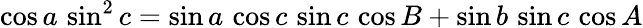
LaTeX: \cos a\, \sin^{2}c=\sin a\, \cos c\, \sin c\, \cos B+\sin b\, \sin c\, \cos A